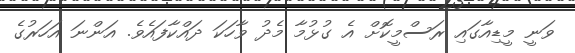
ވަނީ މީޑިއާގައި ރަސްމީކޮށް އެ ގުޅުމާ މެދު ވާހަކަ ދައްކާފައެވެ. އަންނަ އަހަރުގެ